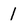
Character: 1